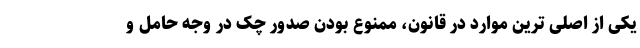
یکی از اصلی ترين موارد در قانون، ممنوع بودن صدور چک در وجه حامل و